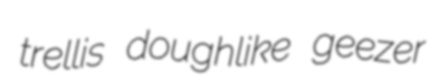
trellis doughlike geezer